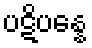
ပဋိပန္နေ